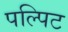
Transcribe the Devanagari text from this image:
पल्पिट